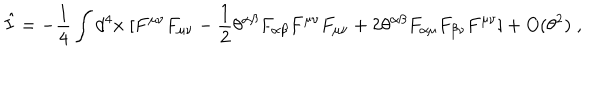
LaTeX: \hat { I } = - \frac { 1 } { 4 } \int d ^ { 4 } x \; [ F ^ { \mu \nu } F _ { \mu \nu } - \frac { 1 } { 2 } \theta ^ { \alpha \beta } F _ { \alpha \beta } F ^ { \mu \nu } F _ { \mu \nu } + 2 \theta ^ { \alpha \beta } F _ { \alpha \mu } F _ { \beta \nu } F ^ { \mu \nu } ] + O ( \theta ^ { 2 } ) \; ,